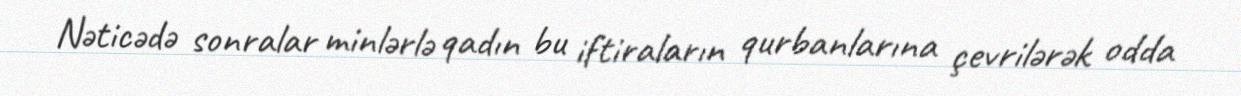
Nəticədə sonralar minlərlə qadın bu iftiraların qurbanlarına çevrilərək odda